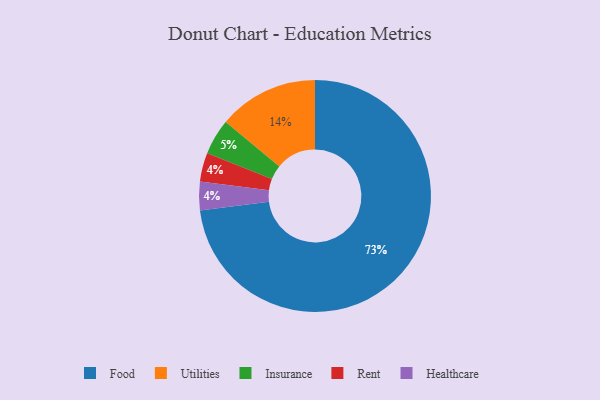
{"axis": {"x": "Category", "y": "Percentage"}, "legend": ["Food", "Healthcare", "Insurance", "Rent", "Utilities"], "data": [{"x": "Food", "y": 73, "type": "Food"}, {"x": "Utilities", "y": 14, "type": "Utilities"}, {"x": "Rent", "y": 4, "type": "Rent"}, {"x": "Healthcare", "y": 4, "type": "Healthcare"}, {"x": "Insurance", "y": 5, "type": "Insurance"}]}